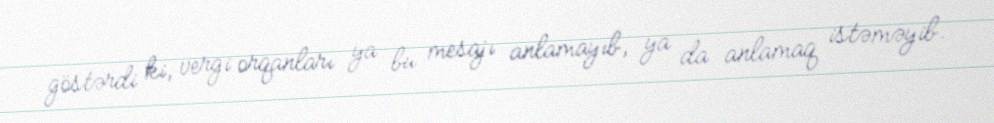
göstərdi ki, vergi orqanları ya bu mesajı anlamayıb, ya da anlamaq istəməyib.